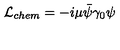
{ \cal L } _ { c h e m } = - i \mu \bar { \psi } \gamma _ { 0 } \psi